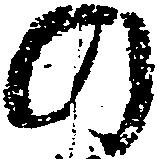
の